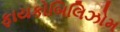
ફાયકોબિલિઝોમ